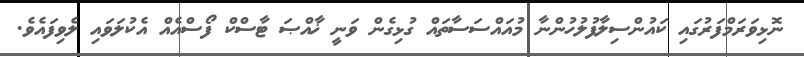
ނޮޅިވަރަމްފަރުގައި ކައުންސިލާފުލުހުންނާ މުއައްސަސާތައް ގުޅިގެން ވަނީ ޚާއްޞަ ޓާސްކް ފޯސްއެއް އެކުލަވައި ލެވިފައެވެ.